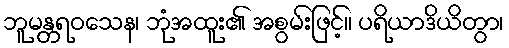
ဘူမန္တရဝသေန၊ ဘုံအထူး၏ အစွမ်းဖြင့်။ ပရိယာဒိယိတွာ၊